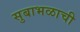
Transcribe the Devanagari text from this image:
सुबाभळाची